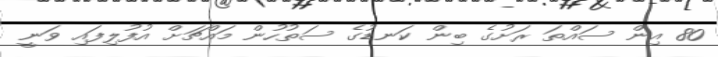
80 އިން ސައްތަ ރަށުގެ ބިން ކަނޑުގެ ސަތުހުން މައްޗަށް އުފުލިފައި ވަނީ